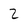
Character: 2